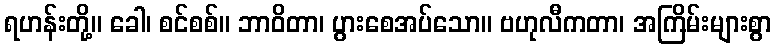
ရဟန်းတို့။ ခေါ၊ စင်စစ်။ ဘာဝိတာ၊ ပွားစေအပ်သော။ ဗဟုလီကတာ၊ အကြိမ်းများစွာ